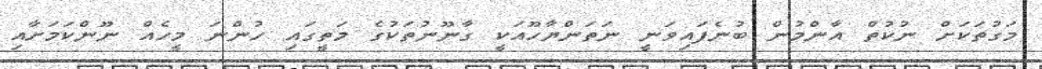
މަގުތަކަށް ނުކުތް އާންމުން ބުނެފައިވަނީ ނަތަންޔާހޫއަކީ ގާނޫނުތަކުގެ މަތީގައި ހުންނަ މީހެއް ނޫންކަމަށާއި